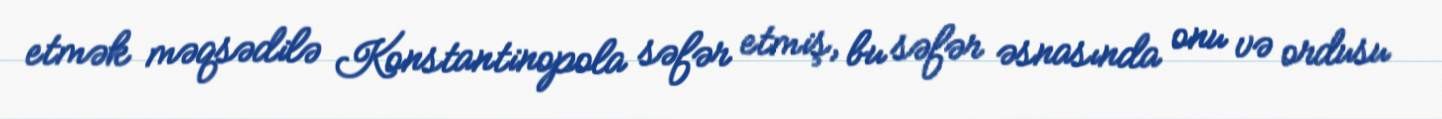
etmək məqsədilə Konstantinopola səfər etmiş, bu səfər əsnasında onu və ordusu